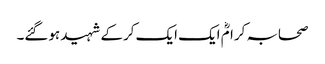
صحابہ کرامؓ ایک ایک کرکے شہید ہوگئے۔